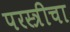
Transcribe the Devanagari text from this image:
परस्त्रीचा